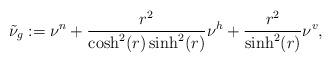
LaTeX: \begin{align*}\tilde\nu_g:=\nu^n+\frac{r^2}{\cosh^2(r)\sinh^2(r)}\nu^h+\frac{r^2}{\sinh^2(r)}\nu^v,\end{align*}